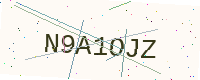
Text: N9A1OJZ